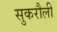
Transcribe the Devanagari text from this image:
सुकरौली